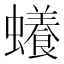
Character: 𧓲